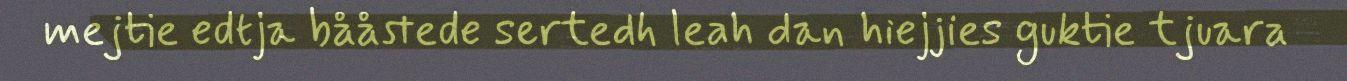
mejtie edtja bååstede sertedh leah dan hiejjies guktie tjuara